Sketch of the medical history of the native army of Bombay, for the year
Year: 1872
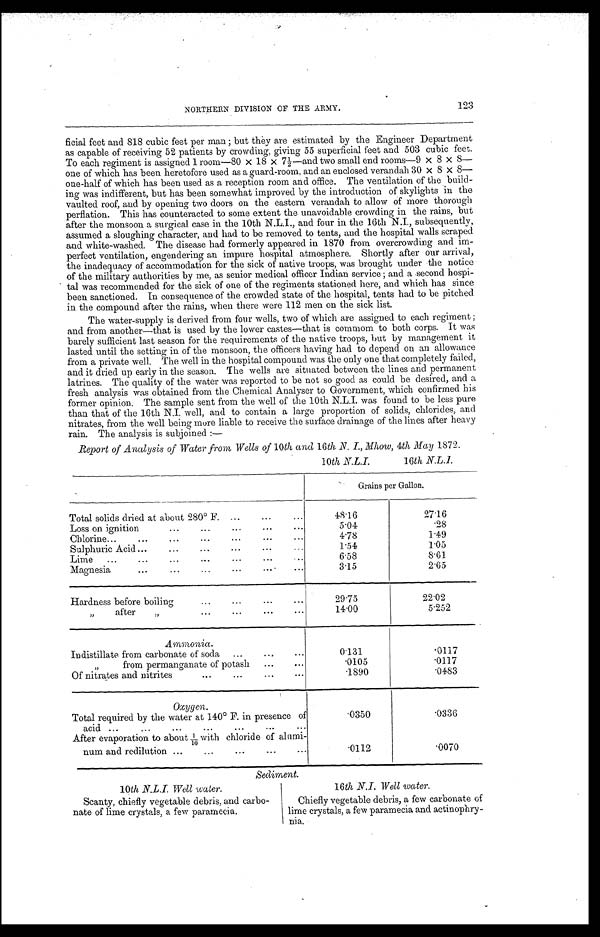
123
NORTHERN DIVISION OF THE ARMY.
ficial feet and 818 cubic feet per man; but they are estimated by the Engineer Department
as capable of receiving 52 patients by crowding, giving 55 superficial feet and 503 cubic feet.
To each regiment is assigned 1 room—80 × 18 × 7½—and two small end rooms—9 × 8 × 8—-
one of which has been heretofore used as a guard-room, and an enclosed verandah 30 × 8 × 8 —
one-half of which has been used as a reception room and office. The ventilation of the build
-ing was indifferent, but has been somewhat improved by the introduction of skylights in the
vaulted roof, and by opening two doors on the eastern verandah to allow of more thorough
perfiation. This has counteracted to some extent the unavoidable crowding in the rains, but
after the monsoon a surgical case in the 10th N.L.I., and four in the 16th N.I., subsequently,
assumed a sloughing character, and had to be removed to tents, and the hospital walls scraped
and white-washed. The disease had formerly appeared in 1870 from overcrowding and im
-perfect ventilation, engendering an impure hospital atmosphere. Shortly after our arrival,
the inadequacy of accommodation for the sick of native troops, was brought under the notice
of the military authorities by me, as senior medical officer Indian service; and a second hospi
-tal was recommended for the sick of one of the regiments stationed here, and which has since
been sanctioned. In consequence of the crowded state of the hospital, tents had to be pitched
in the compound after the rains, when there were 112 men on the sick list.
The water-supply is derived from four wells, two of which are assigned to each regiment;
and from another—that is used by the lower castes—that is commom to both corps. It was
barely sufficient last season for the requirements of the native troops, but by management it
lasted until the setting in of the monsoon, the officers having had to depend on an allowance
from a private well. The well in the hospital compound was the only one that completely failed,
and it dried up early in the season. The wells are situated between the lines and permanent
latrines. The quality of the water was reported to be not so good as could be desired, and a
fresh analysis was obtained from the Chemical Analyser to Government, which confirmed his
former opinion. The sample sent from the well of the 10th N.L.I. was found to be less pure
than that of the 16th N.I. well, and to contain a large proportion of solids, chlorides, and
nitrates, from the well being more liable to receive the surface drainage of the lines after heavy
rain. The analysis is subjoined : —
Report of Analysis of Water from Wells of 10th and 16th .N. Mhow , 4th May 1872.
10th N.L.I.
16th N.L.I.
Grains per Gallon.
Total solids dried at about 280° F. . . .
48.16
27.16
Loss on ignition . . .
5.04
.28
Chlorine . . .
4.78
1.49
Sulphuric Acid . . .
1.54
1.05
Lime
.
.
.
6.58
8.61
Magnesia . . .
3.15
2.65
Hardness before boiling . . .
29.75
22.02
" after " . . .
14.00
5.252
Ammonia.
Indistillate from carbonate of soda . . .
0.131
. 0 1 1 7
" from permanganate of potash . . .
.0105
.0117
Of nitrates and nitrites . . .
1890
.0483
Oxygen.
Total required by the water at 140° F. in presence of
acid
.
.
.
.0350
.0336
After evaporation to about 1/10w i t h c h l o r i d e o f a l u m i
-
num and redilution . . .
.0112
. 0 0 7 0
Sediment.
10th N.L.I. Well water.
Scanty, chiefly vegetable debris, and carbo
-nate of lime crystals, a few paramecia.
16th N.I. Well water.
Chiefly vegetable debris, a few carbonate of
lime crystals, a few paramecia and actinophry
-nia.